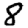
Digit: 8